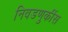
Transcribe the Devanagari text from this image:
निवडणुकींस